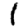
Digit: 1